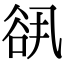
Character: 谻